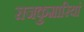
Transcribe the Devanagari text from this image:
राजकुमारियां